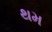
થમ